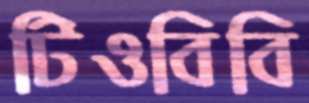
টিওবিবি